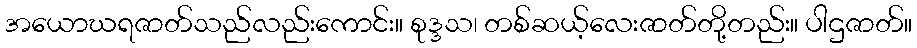
အယောဃရဇာတ်သည်လည်းကောင်း။ စုဒ္ဒသ၊ တစ်ဆယ့်လေးဇာတ်တို့တည်း။ ပါဌဇာတ်။